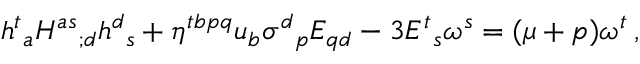
h ^ { t } { } _ { a } H ^ { a s } { } _ { ; d } h ^ { d } { } _ { s } + \eta ^ { t b p q } u _ { b } \sigma ^ { d } { } _ { p } E _ { q d } - 3 E ^ { t } { } _ { s } \omega ^ { s } = ( \mu + p ) \omega ^ { t } \, ,